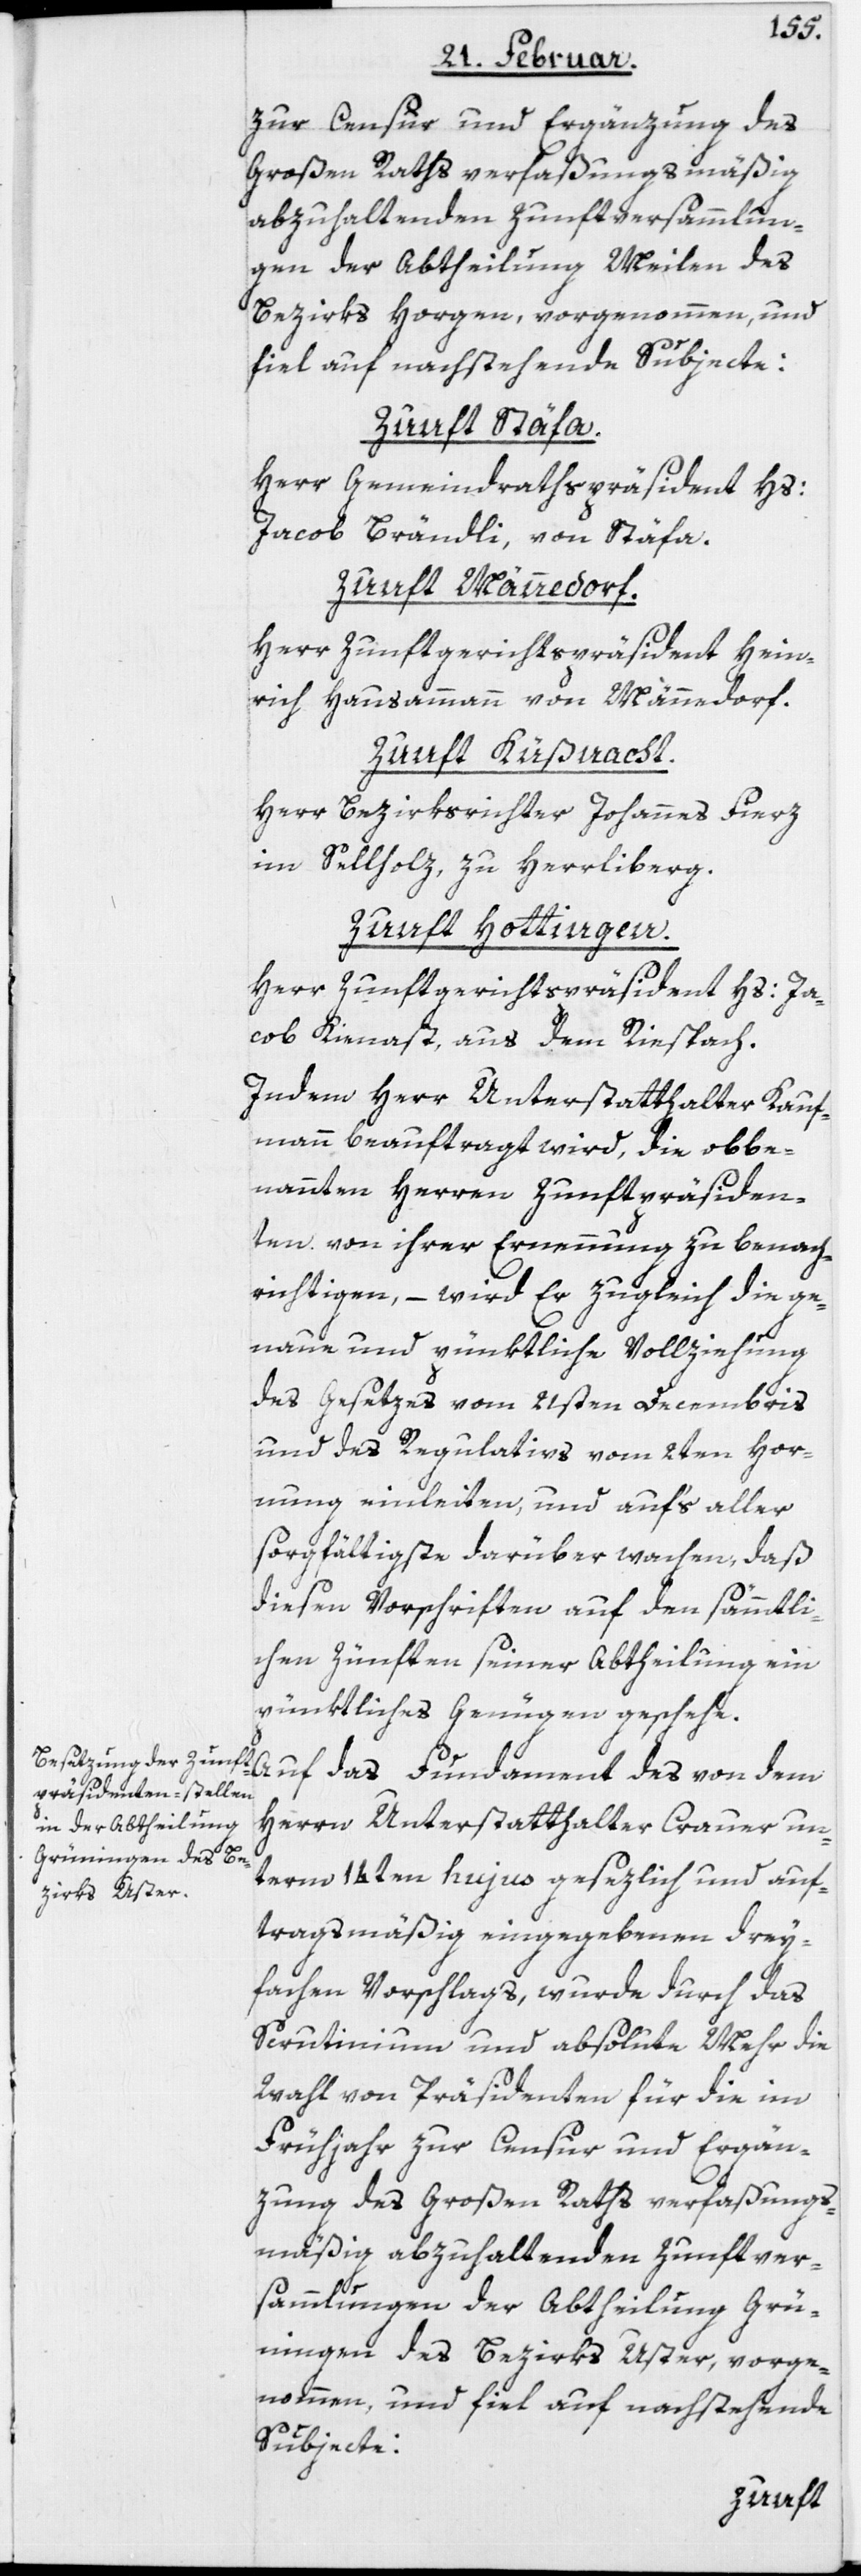
zur Censur und Ergänzung des
Großen Raths verfaßungsmäßig
abzuhaltenden Zunftversammlun¬
gen der Abtheilung Meilen des
Bezirks Horgen, vorgenommen, und
fiel auf nachstehende Subjecte:
Zunft Stäfa.
Herr Gemeindrathspräsident Hs:
Jacob Brändli, von Stäfa.
Zunft Männedorf.
Herr Zunftgerichtspräsident Hein¬
rich Hausammann, von Männedorf.
Zunft Küßnacht.
Herr Bezirksrichter Johannes Fierz
im Sellholz zu Herrliberg.
Zunft Hottingen.
Herr Zunftgerichtspräsident Hs: Ja¬
cob Kienast, aus dem Riespach.
Indem Herr Unterstatthalter Kauf¬
mann beauftragt wird, die obbe¬
nannten Herren Zunftpräsiden¬
ten von ihrer Ernennung zu benach¬
richtigen, – wird Er zugleich die ge¬
naue und pünktliche Vollziehung
des Gesetzes vom 21sten Decembris
und des Regulativs vom 2ten Hor¬
nung einleiten, und auf‘s aller
sorgfältigste darüber wachen, daß
diesen Vorschriften auf den sämmtli¬
chen Zünften seiner Abtheilung ein
pünktliches Genügen geschehe.
Auf das Fundament des von dem
Herrn Unterstatthalter Crauer un¬
term 14ten hujus gesezlich und auf¬
tragsmäßig eingegebenen drey¬
fachen Vorschlags, wurde durch das
Scrutinium und absolute Mehr die
Wahl von Präsidenten für die im
Frühjahr zur Censur und Ergän¬
zung des Großen Raths verfaßungs¬
mäßig abzuhaltenden Zunftver¬
sammlungen der Abtheilung Grün¬
ingen des Bezirks Uster, vorge¬
nommen, und fiel auf nachstehende
Subjecte: